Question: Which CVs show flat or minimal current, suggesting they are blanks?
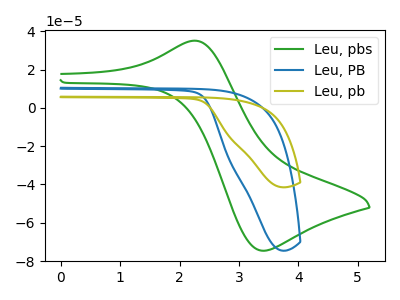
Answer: <think>The green curve "Leu, pbs" has an anodic peak at (2.25V, 35.05uA) and a cathodic peak at (3.40V, -74.60uA). The blue curve "Leu, PB" has no peaks. The olive curve "Leu, pb" has no peaks.</think>
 <answer>"Leu, PB" and "Leu, pb" are likely to be blanks.</answer>
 <eval>"Leu, PB", "Leu, pb"</eval>